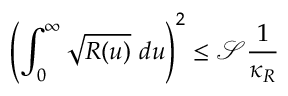
\left( \int _ { 0 } ^ { \infty } \sqrt { R ( u ) } ~ d u \right) ^ { 2 } \leq \mathscr { S } \frac { 1 } { \kappa _ { R } }